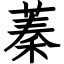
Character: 蓁